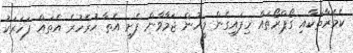
ކެމެރާތަކާއި ގޯޕްރޯތައް ހިފައިގެން މީހުން ޖަމާވާން ފެށީ އެތާ ހުރެހުރެ އެތައް ފަހަރަކު